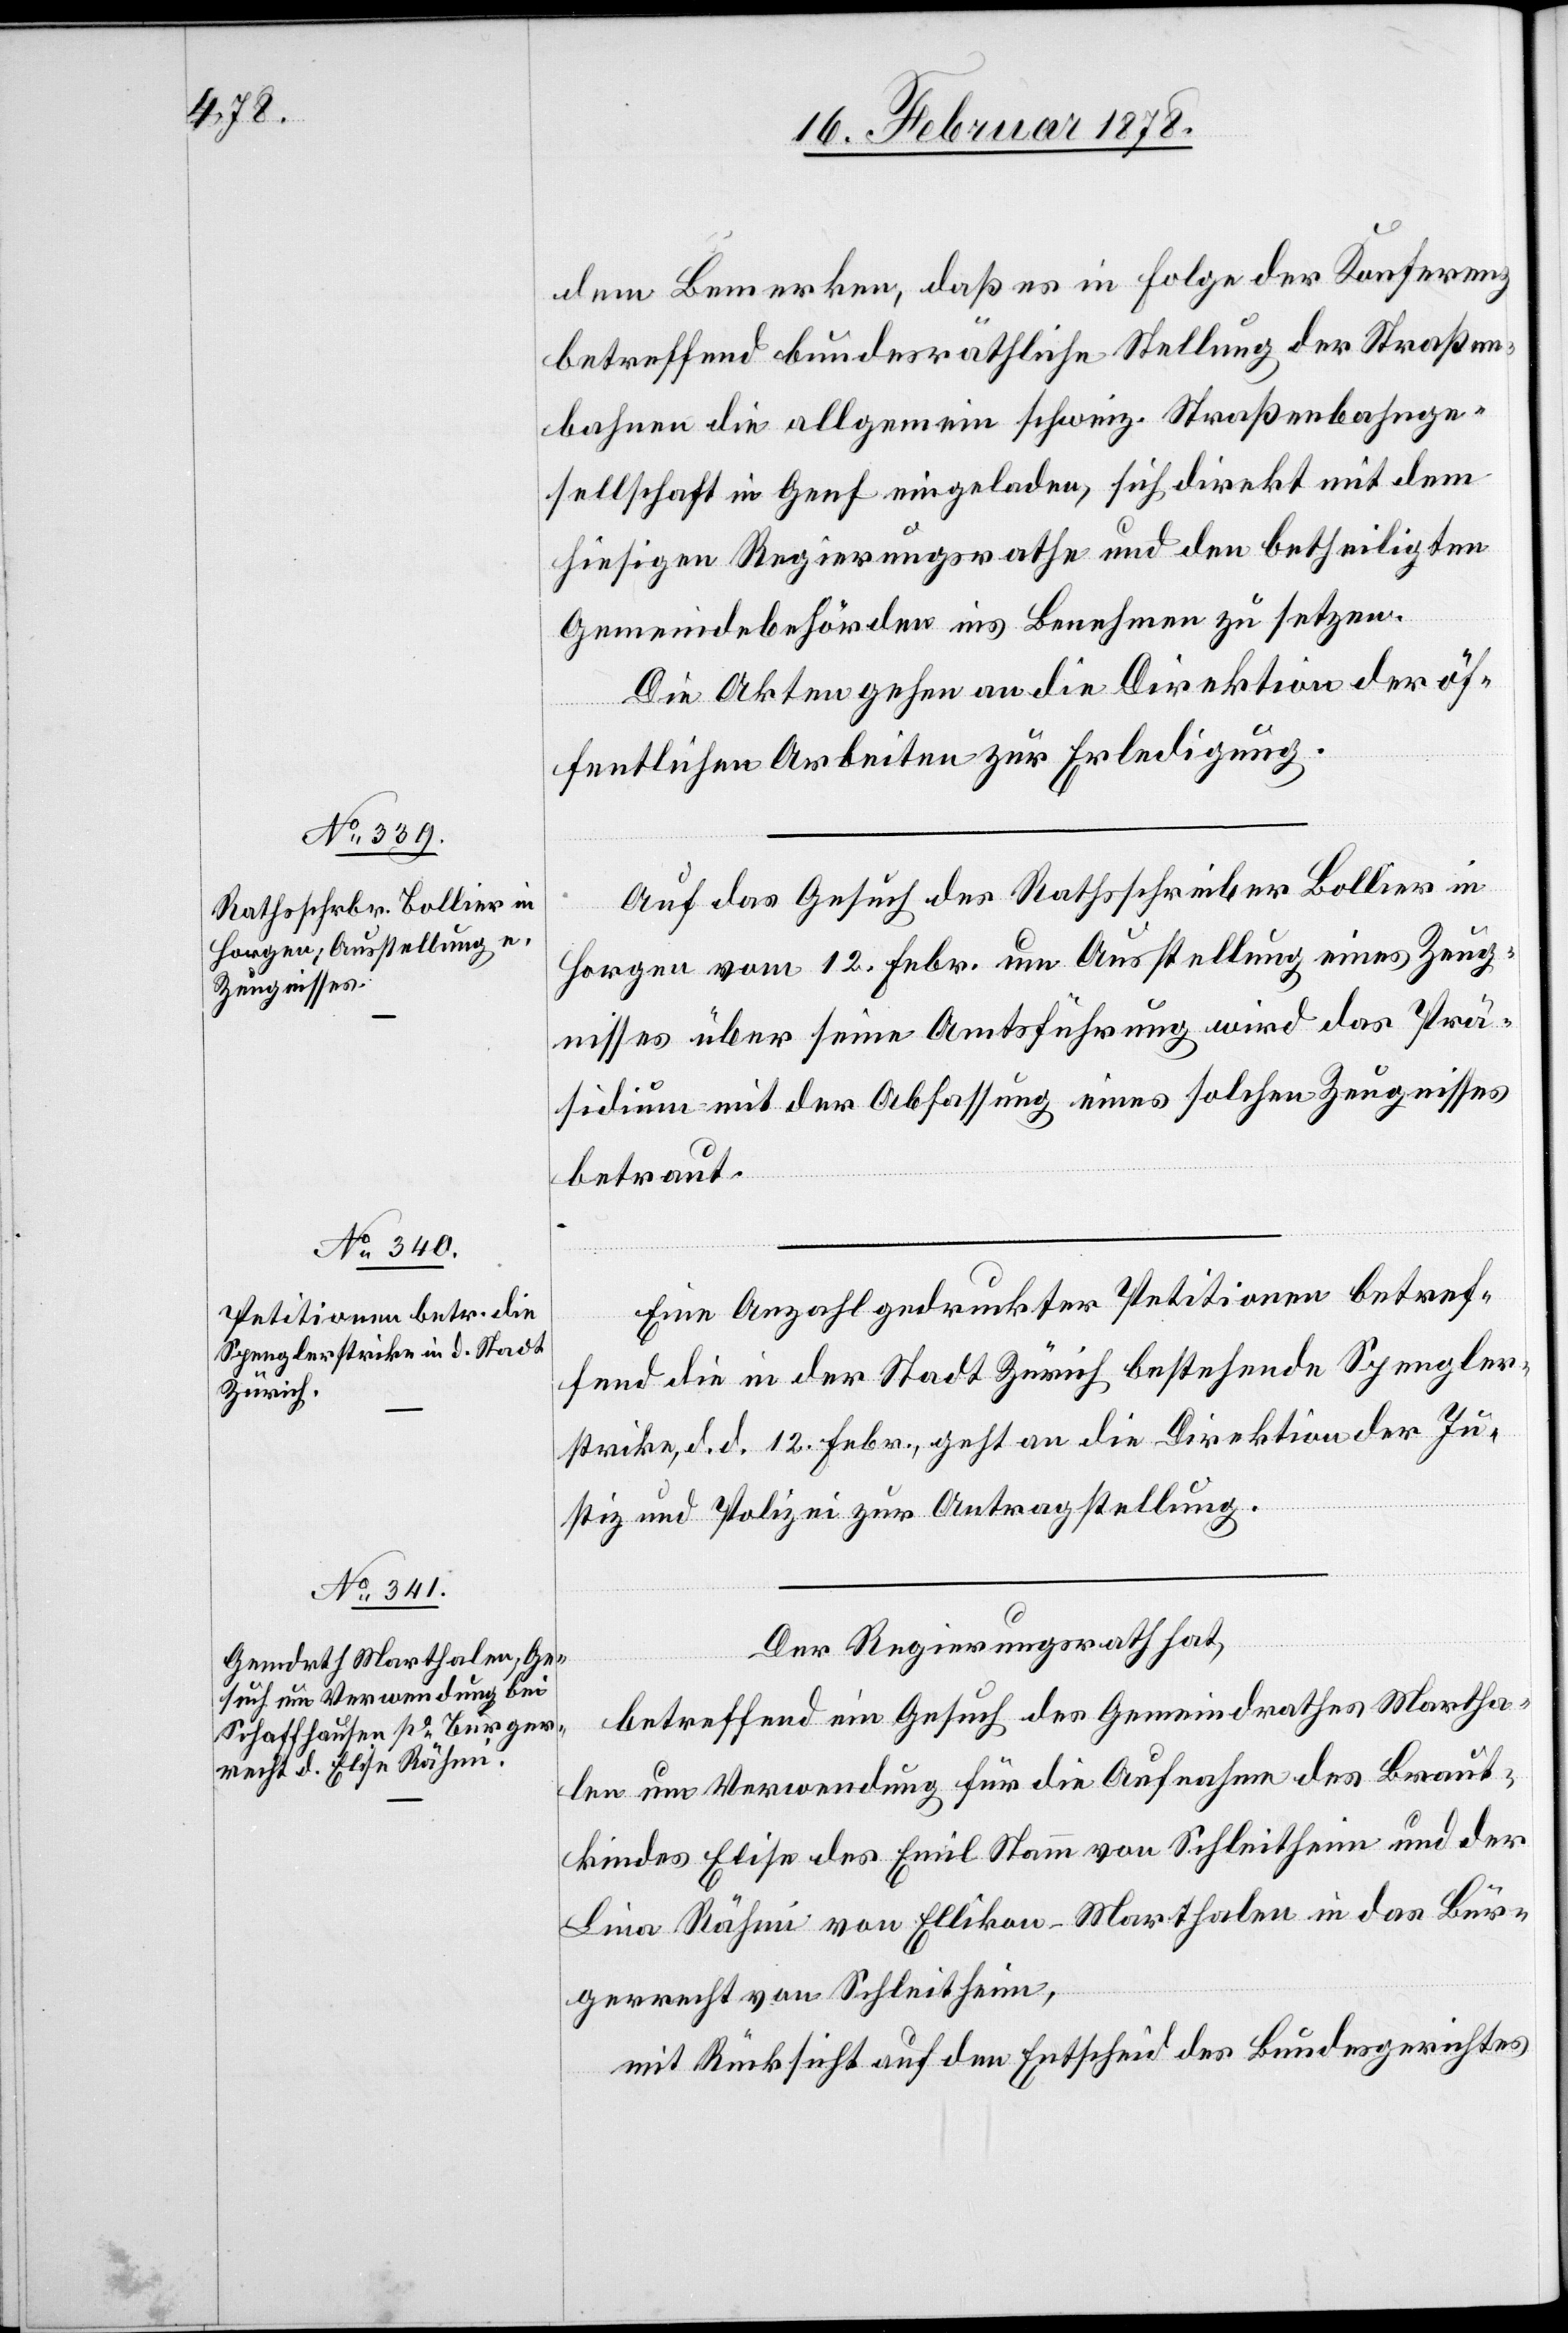
dem Bemerken, daß es in Folge der Konferenz
betreffend bundesräthliche Stellung der Straßen¬
bahnen die allgemeine schweiz. Straßenbahnge¬
sellschaft in Genf eingeladen, sich direkt mit dem
hiesigen Regierungsrath und den betheiligten
Gemeindebehörden ins Benehmen zu setzen.
Die Akten gehen an die Direktion der öf¬
fentlichen Arbeiten zur Erledigung.
Auf das Gesuch des Rathsschreiber Bollier in
Horgen vom 12. Febr. um Ausstellung eines Zeug¬
nisses über seine Amtsführung wird das Prä¬
sidium mit der Abfassung eines solchen Zeugnisses
betraut.
Eine Anzahl gedruckter Petitionen betref¬
fend die in der Stadt Zürich bestehende Spengler¬
strike, d. d. 12. Febr., geht an die Direktion der Ju¬
stiz und Polizei zur Antragstellung.
Der Regierungsrath hat,
betreffend ein Gesuch des Gemeindrathes Martha¬
len um Verwendung für die Aufnahme des Braut¬
kindes Elise des Emil Stamm von Schleitheim und der
Lina Rähmi von Ellikon - Marthalen in das Bür¬
gerrecht von Schleitheim,
mit Rücksicht auf den Entscheid des Bundesgerichtes